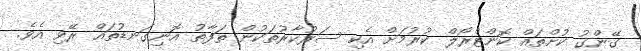
ގޭންގު ކުށްތައް ކޮންޓްރޯލް ކުރުމަށް އެކި ސަރުކާރުތަކުން ތަފާތު އޮނިގަނޑުތައް ރޭވި އެވެ.